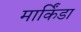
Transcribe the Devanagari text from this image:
मार्किंडा